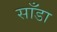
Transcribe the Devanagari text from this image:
साँडा